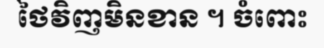
ថៃវិញមិនខាន ។ ចំពោះ